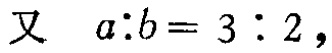
又 \(a:b = 3:2\)，